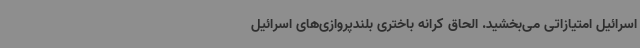
اسرائیل امتیازاتی می‌بخشید. الحاق کرانه باختری بلندپروازی‌های اسرائیل